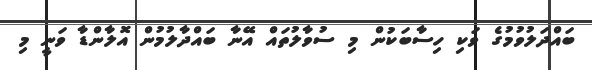
ބައްދަލުވުމުގެ ވަކި ހިސާބަކުން މި ސުވާލުތައް އޭނާ ބައްދާލުމުން އޮލާންޑާ ވަނީ މި